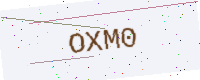
Text: OXM0